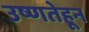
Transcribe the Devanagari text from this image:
उष्णतेहून